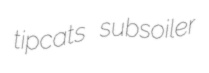
tipcats subsoiler